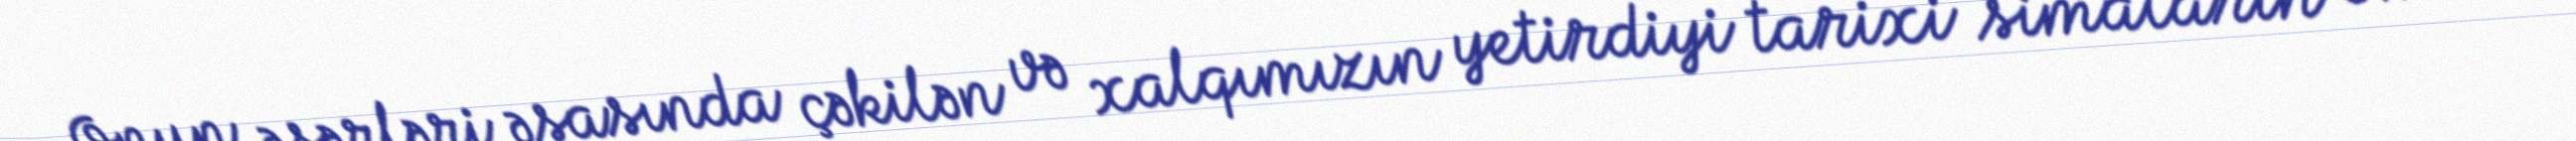
Onun əsərləri əsasında çəkilən və xalqımızın yetirdiyi tarixi simaların ömür